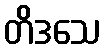
တိဒသေ